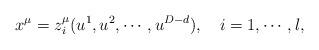
LaTeX: \begin{align*}x^\mu =z_i^\mu (u^1,u^2,\cdots ,u^{D-d}),\quad i=1,\cdots ,l,\end{align*}